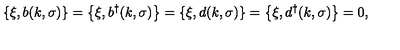
\left\{ \xi , b ( k , \sigma ) \right\} = \left\{ \xi , b ^ { \dagger } ( k , \sigma ) \right\} = \left\{ \xi , d ( k , \sigma ) \right\} = \left\{ \xi , d ^ { \dagger } ( k , \sigma ) \right\} = 0 ,